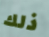
ذلك